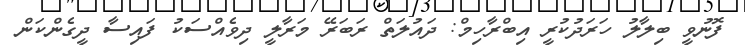
ފޮނުވީ ބިލާލު ހަރަދުކުރީ އިބްރާހިމް: ދައުލަތް ރަބަރޭ މަރާލީ ދިވެއްސަކު ފައިސާ ދީގެންކަން